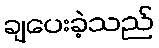
ချပေးခဲ့သည်